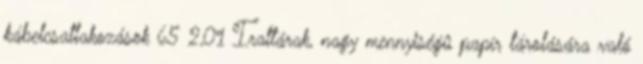
kábelcsatlakozások 65 2,01 Irattárak, nagy mennyiségû papír tárolására való